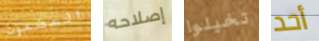
المضمون إصلاحه تخيلوا أحد